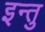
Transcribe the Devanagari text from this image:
इन्तु